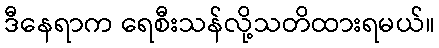
ဒီနေရာက ရေစီးသန်လို့သတိထားရမယ်။